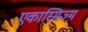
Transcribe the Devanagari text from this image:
एकास्मिज्म़